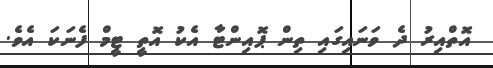
އޮތްއިރު ދެ ވަނައިގައި ތިން ޕޮއިންޓާ އެކު އޮތީ ޓީމް ފެނަކަ އެވެ.